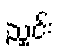
ညှင်း